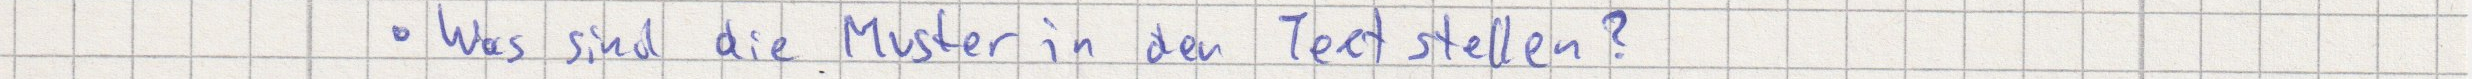
Was sind die Muster in den Textstellen?